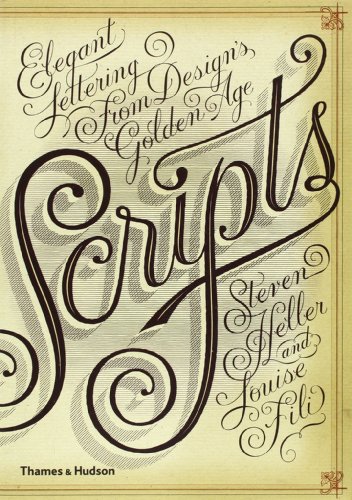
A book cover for Scripts: Elegant Lettering from Design's Golden Age; Steven Heller; Arts & Photography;